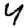
Digit: 4